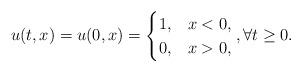
LaTeX: \begin{align*} u(t,x)=u(0,x) = \begin{cases} 1, & x<0 ,\\ 0, & x>0,\end{cases} , \forall t \ge 0. \end{align*}